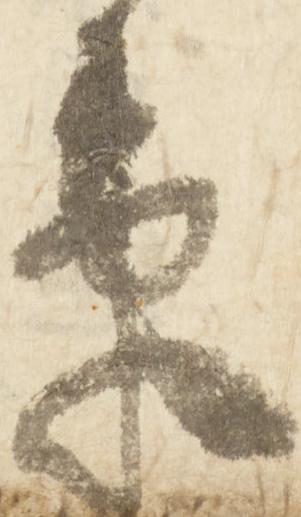
束